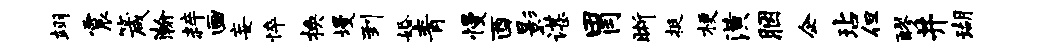
翊震箴瀚粹画妄悴换墁到婚青慢酉影谌胃晰挺梗潢胭企玷但醪井瑚